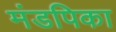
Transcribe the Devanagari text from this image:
मंडपिका